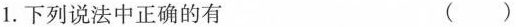
1.下列说法中正确的有 ( )